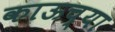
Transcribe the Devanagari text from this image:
काऊच्या